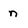
Character: n